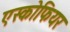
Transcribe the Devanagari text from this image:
एस्कोफियर